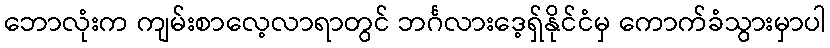
ဘောလုံးက ကျမ်းစာလေ့လာရာတွင် ဘင်္ဂလားဒေ့ရှ်နိုင်ငံမှ ကောက်ခံသွားမှာပါ